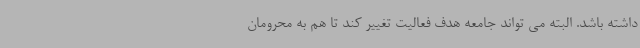
داشته باشد. البته می تواند جامعه هدف فعالیت تغییر کند تا هم به محرومان